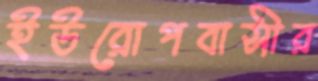
ইউরোপবাসীর